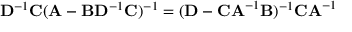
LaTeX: \mathbf { D } ^ { - 1 } \mathbf { C } ( \mathbf { A } - \mathbf { B D } ^ { - 1 } \mathbf { C } ) ^ { - 1 } = ( \mathbf { D } - \mathbf { C A } ^ { - 1 } \mathbf { B } ) ^ { - 1 } \mathbf { C A } ^ { - 1 }